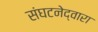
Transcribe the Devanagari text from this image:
संघटनेद्वारा